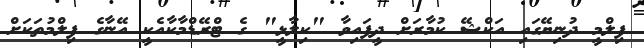
ފިލްމީ ދުނިޔޭގައި އަކްޝޭ ކުމާރަށް ދީފައިވާ "ކިލާޅީ" ގެ ޓްރޭޑްމާކާއެކީ އޭނާގެ ފިލްމުތަކަށް